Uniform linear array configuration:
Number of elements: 12
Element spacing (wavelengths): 0.5
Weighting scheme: uniform
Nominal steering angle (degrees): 30
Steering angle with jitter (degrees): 29.025
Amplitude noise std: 0.05
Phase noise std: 0.05

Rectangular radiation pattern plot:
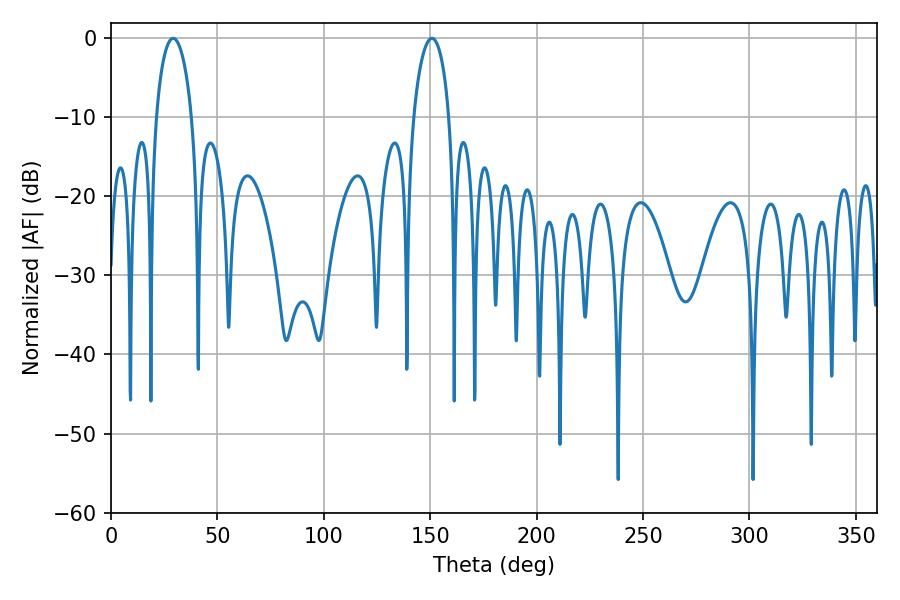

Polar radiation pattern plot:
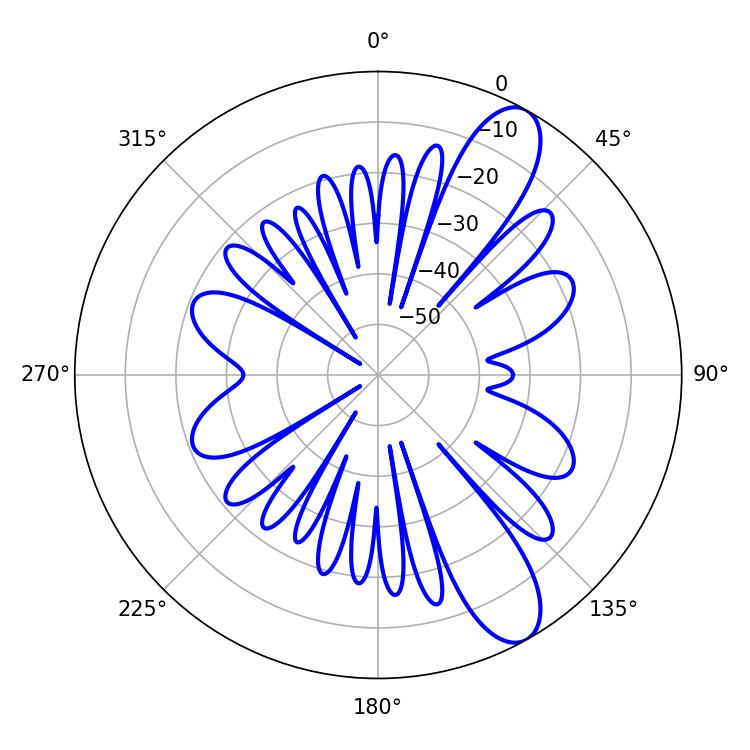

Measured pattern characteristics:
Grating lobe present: FALSE
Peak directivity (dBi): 10.439
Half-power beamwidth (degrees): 9.72
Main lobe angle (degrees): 29.16